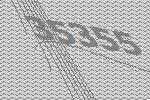
35355